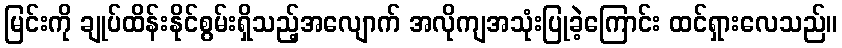
မြင်းကို ချုပ်ထိန်းနိုင်စွမ်းရှိသည့်အလျောက် အလိုကျအသုံးပြုခဲ့ကြောင်း ထင်ရှားလေသည်။